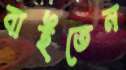
বাইতেন